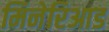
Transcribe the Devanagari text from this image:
मिनेरिआड